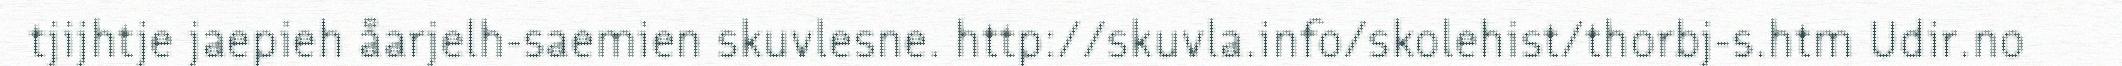
tjijhtje jaepieh åarjelh-saemien skuvlesne. http://skuvla.info/skolehist/thorbj-s.htm Udir.no